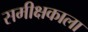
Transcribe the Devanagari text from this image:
समीक्षकाला